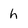
Character: h